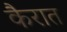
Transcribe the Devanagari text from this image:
कैरात